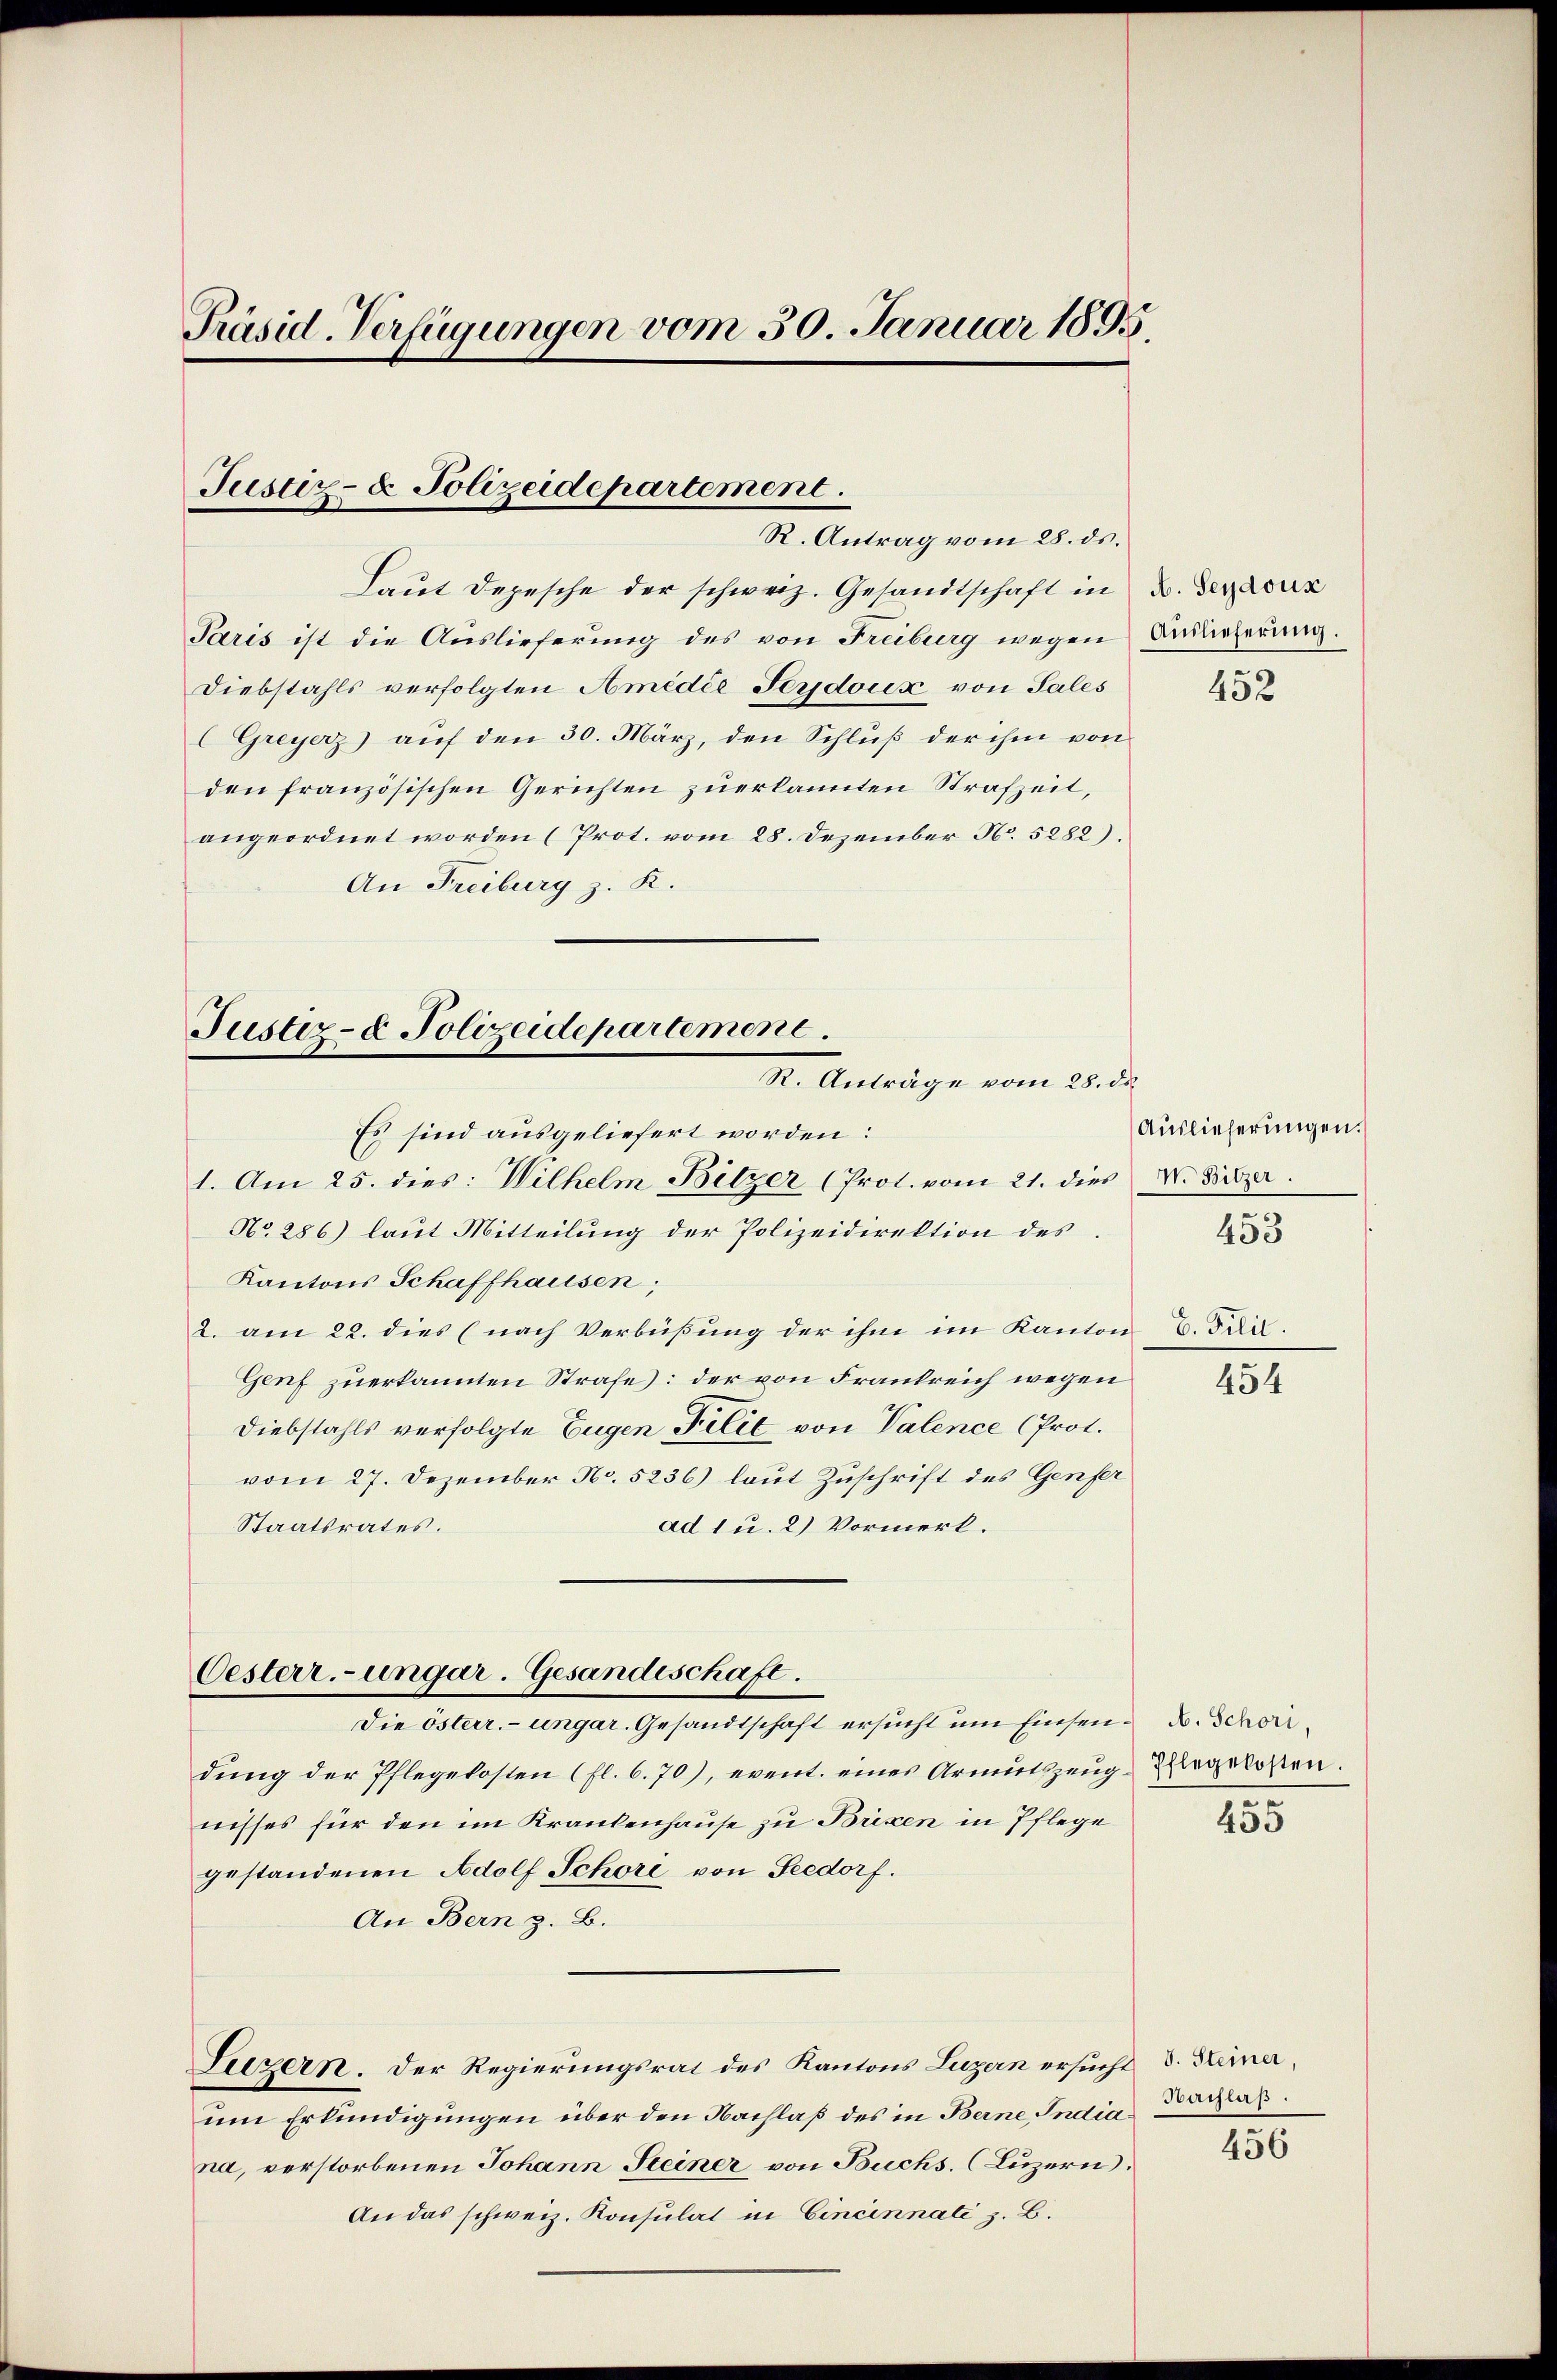
Präsid. Verfügungen vom 30. Januar 1895.

Justiz- & Polizeidepartement.
R. Antrag vom 28. ds.

Laut Depesche der schweiz. Gesandtschaft in u. Terrorz
Paris ist die Auslieferung des von Freiburg wegen Auslieferung.
Diebstahls verfolgten Amédie Serjdoux, von Sales
Greyerz) auf den 30. März, den Schluß der ihm von
den französischen Gerichten zuerkannten Strafzeit,
angeordnet worden (Prot. vom 28. Dezember No. 5282).
An Freiburg z. R.

Justiz- & Polizeidepartemene
St. Anträge vom 28. ds.

Oesterr.-ungar. Gesandeschaft.

Es sind ausgeliefert worden:
1. Am 25. dies: Wilhelm Bitzer (Prot. vom 21. dies V. Hitzer.
No 286) laut Mitteilung der Polizeidirektion des
Kantons Schaffhausen,
2. am 22. dies (nach Verbüßung der ihm im Kanton 6. Jun.
Genf zuerkannten Strafe: der von Frankreich wegen
Diebstahls verfolgte Eugen Felix von Valence (Prot.
vom 27. Dezember No. 5236) laut Zuschrift des Genfer
Staatsrates.
ad 1 u. 2) Vormerk.
Die österr. ungar. Gesandtschaft ersucht um Einsen- u. Schöndung der Pflegekosten (fl. 6. 70), event. eines Armutszeug Ehlegekosten.
nisses für den im Krankenhause zu Brixen in Pflege
gestandenen Adolf Schore von Feedorf.
An Bern z. B.
Luzern. Der Regierungsrat des Kantons Luzern ersucht d. Keine,
um Erkundigungen über den Nachlaß des in Berne Indiana, verstorbenen Johann Steiner von Buchs. (Luzern.
An das schweiz. Konsulat in Cincinnati z. B.

452

Auslieferungen.
453

454

455

Nachlaß.

456